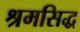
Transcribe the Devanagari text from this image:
श्रमसिद्ध